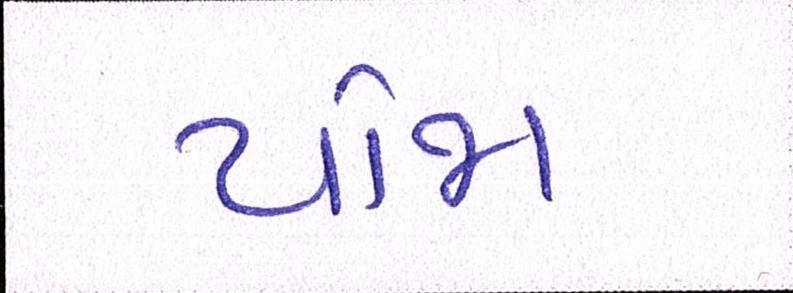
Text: યોજા